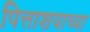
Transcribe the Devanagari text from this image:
पित्ताशयाच्या